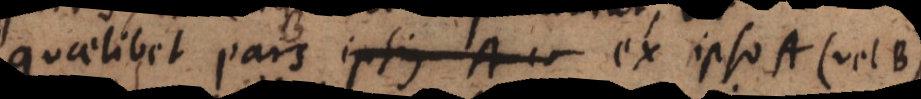
quaelibet pars ipsius A ex ipso A (vel B)